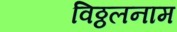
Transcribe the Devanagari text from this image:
विठ्ठलनाम